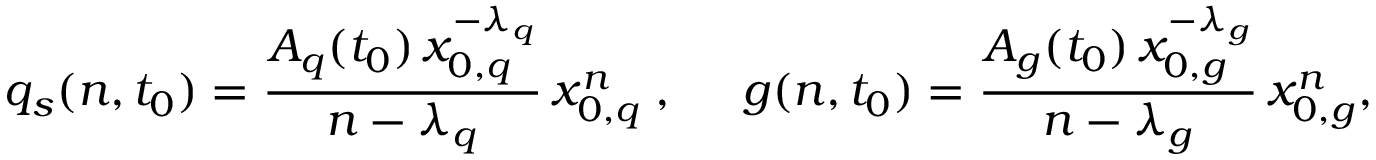
q _ { s } ( n , t _ { 0 } ) = \frac { A _ { q } ( t _ { 0 } ) \, x _ { 0 , q } ^ { - \lambda _ { q } } } { n - \lambda _ { q } } \, x _ { 0 , q } ^ { n } \; , \; \; \; \; \; g ( n , t _ { 0 } ) = \frac { A _ { g } ( t _ { 0 } ) \, x _ { 0 , g } ^ { - \lambda _ { g } } } { n - \lambda _ { g } } \, x _ { 0 , g } ^ { n } ,